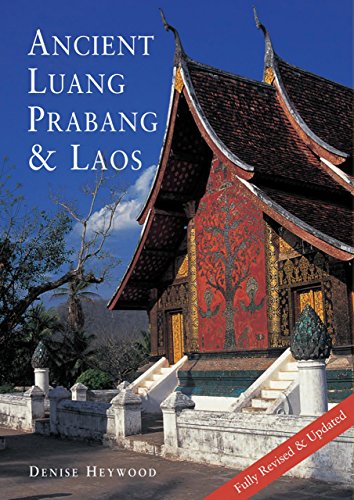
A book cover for Ancient Luang Prabang & Laos; Denise Heywood; Travel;